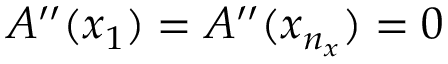
A ^ { \prime \prime } ( x _ { 1 } ) = A ^ { \prime \prime } ( x _ { n _ { x } } ) = 0